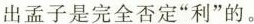
出孟子是完全否定“利”的。